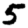
Digit: 5